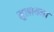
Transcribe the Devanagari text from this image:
मुलायम।